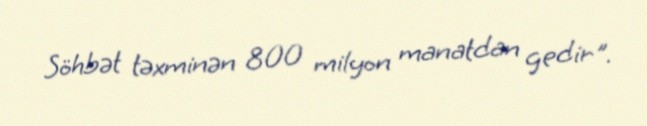
Söhbət təxminən 800 milyon manatdan gedir".